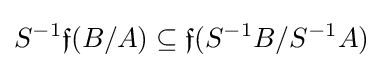
S^{-1}{\mathfrak {f}}(B/A)\subseteq {\mathfrak {f}}(S^{-1}B/S^{-1}A)